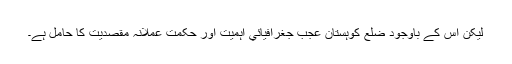
ليکن اس کے باوجود ضلع کوہستان عجب جغرافيائي اہميّت اور حکمتِ عملانہ مقصديت کا حامل ہے۔